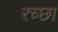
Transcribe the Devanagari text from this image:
रच्छा